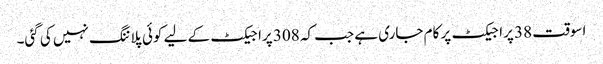
اسوقت 38 پراجیکٹ پر کام جاری ہے جب کہ 308 پراجیکٹ کے لیے کوئی پلاننگ نہیں کی گئی۔